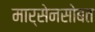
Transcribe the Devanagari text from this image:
मार्सेनसोबत